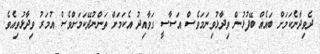
ދެވިދާނެކަމަށް ބައެއް ބޭފުޅުން ވިދާޅުވިނަމަވެސް އަސާސީ ގަވާއިދު އެކަމަށް ތަންނުދޭކަމަށްވެސް އުމަރު ވިދާޅުވިއެވެ.